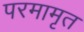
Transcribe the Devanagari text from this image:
परमामृत